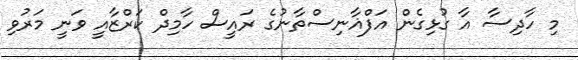
މި ހާދިސާ އާ ގުޅިގެން އަފްޣާނިސްތާނުގެ ރައީސް ހާމިދް ކަރްޒާއީ ވަނީ މަރުވި